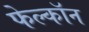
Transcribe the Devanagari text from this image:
फेल्काॅन